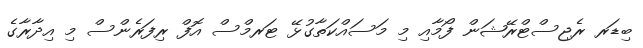
ބިޑަރ ރެޖިސްޓްރޭޝަން ފޯމާއި މި މަސައްކަތާގުޅޭ ޓަރމްސް އޮފް ރިފަރެންސް މި އިދާރާގެ